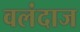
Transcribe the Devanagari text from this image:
वलंदाज